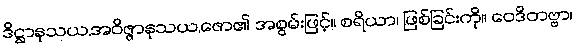
ဒိဋ္ဌာနုသယ,အဝိဇ္ဇာနုသယ,ဇော၏ အစွမ်းဖြင့်။ စရိယာ၊ ဖြစ်ခြင်းကို။ ဝေဒိတဗ္ဗာ၊